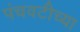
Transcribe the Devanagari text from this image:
पंचवटीच्या